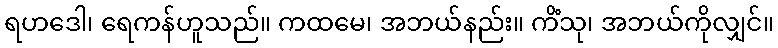
ရဟဒေါ၊ ရေကန်ဟူသည်။ ကထမေ၊ အဘယ်နည်း။ ကိံသု၊ အဘယ်ကိုလျှင်။